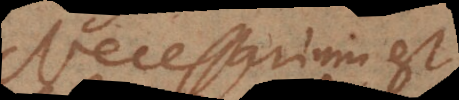
Necessarium est